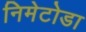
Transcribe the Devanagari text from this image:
निमेटोडा